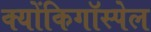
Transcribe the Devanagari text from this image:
क्योंकिगॉस्पेल